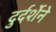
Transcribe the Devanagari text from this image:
दुर्दर्शेने